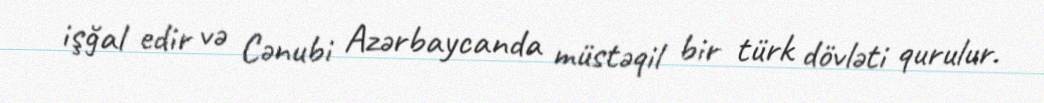
işğal edir və Cənubi Azərbaycanda müstəqil bir türk dövləti qurulur.